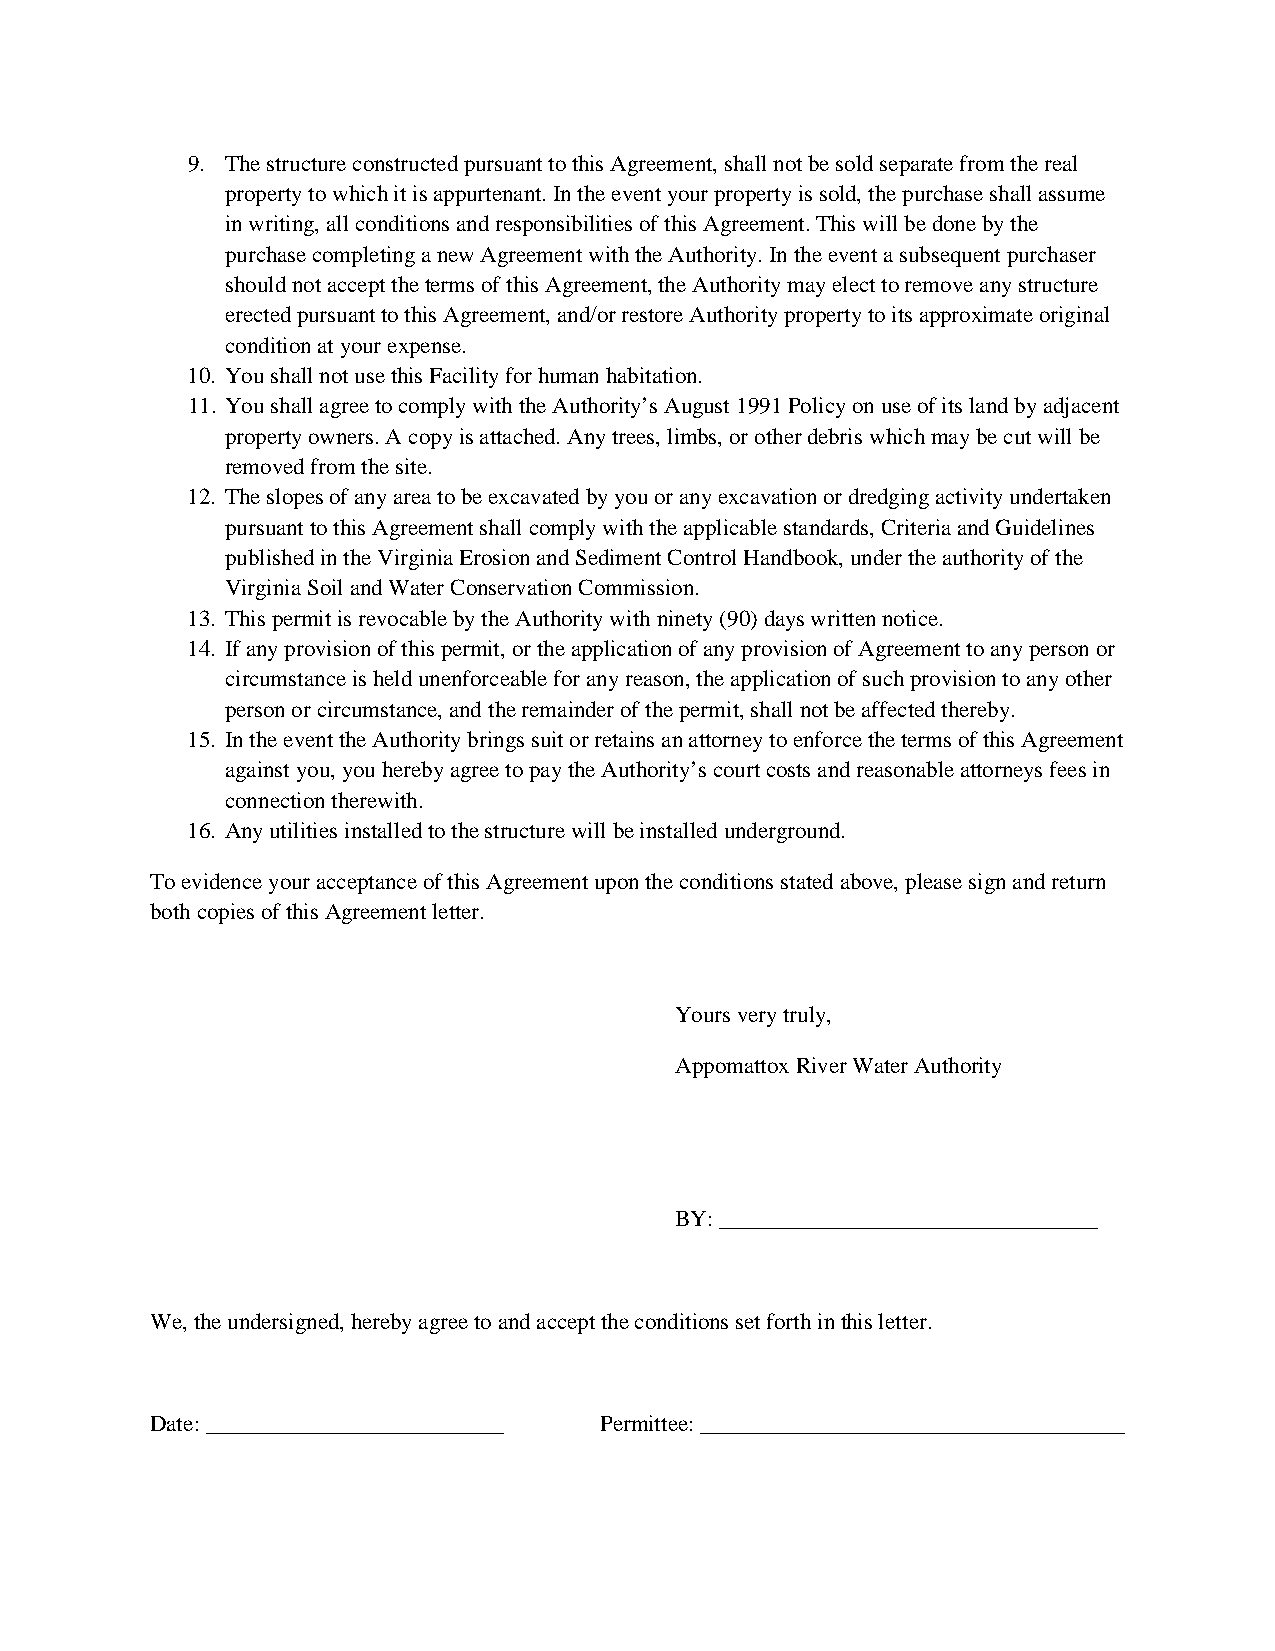
9. The structure constructed pursuant to this Agreement, shall not be sold separate from the real
 property to which it is appurtenant. In the event your property is sold, the purchase shall assume
 in writing, all conditions and responsibilities of this Agreement. This will be done by the
 purchase completing a new Agreement with the Authority. In the event a subsequent purchaser
 should not accept the terms of this Agreement, the Authority may elect to remove any structure
 erected pursuant to this Agreement, and/or restore Authority property to its approximate original
 condition at your expense.
 10. You shall not use this Facility for human habitation.
 11. You shall agree to comply with the Authority’s August 1991 Policy on use of its land by adjacent
 property owners. A copy is attached. Any trees, limbs, or other debris which may be cut will be
 removed from the site.
 12. The slopes of any area to be excavated by you or any excavation or dredging activity undertaken
 pursuant to this Agreement shall comply with the applicable standards, Criteria and Guidelines
 published in the Virginia Erosion and Sediment Control Handbook, under the authority of the
 Virginia Soil and Water Conservation Commission.
 13. This permit is revocable by the Authority with ninety (90) days written notice.
 14. If any provision of this permit, or the application of any provision of Agreement to any person or
 circumstance is held unenforceable for any reason, the application of such provision to any other
 person or circumstance, and the remainder of the permit, shall not be affected thereby.
 15. In the event the Authority brings suit or retains an attorney to enforce the terms of this Agreement
 against you, you hereby agree to pay the Authority’s court costs and reasonable attorneys fees in
 connection therewith.
 16. Any utilities installed to the structure will be installed underground.
 To evidence your acceptance of this Agreement upon the conditions stated above, please sign and return
 both copies of this Agreement letter.
 Yours very truly,
 Appomattox River Water Authority
 BY: _________________________________
 We, the undersigned, hereby agree to and accept the conditions set forth in this letter.
 Date: __________________________ Permittee: _____________________________________